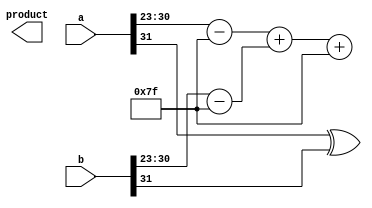
module fp_wallace_tree_multiplier (
    input [31:0] a,  // First floating-point operand
    input [31:0] b,  // Second floating-point operand
    output reg [31:0] product // Resulting floating-point product
);

    // Constants for IEEE 754 single precision
    localparam EXPONENT_BIAS = 8'd127;
    localparam MANTISSA_WIDTH = 23;

    // Internal signals
    wire sign_a, sign_b;
    wire [7:0] exp_a, exp_b;
    wire [22:0] mant_a, mant_b;
    wire [47:0] mant_product; // 23 + 23 = 46 bits for mantissa product
    wire [7:0] exp_result;
    wire sign_result;

    // Extract sign, exponent, and mantissa
    assign sign_a = a[31];
    assign exp_a = a[30:23] - EXPONENT_BIAS; // Adjust exponent by bias
    assign mant_a = {1'b1, a[22:0]}; // Normalize mantissa (1.M)

    assign sign_b = b[31];
    assign exp_b = b[30:23] - EXPONENT_BIAS; // Adjust exponent by bias
    assign mant_b = {1'b1, b[22:0]}; // Normalize mantissa (1.M)

    // Generate partial products (AND gates for mantissas)
    genvar i, j;
    wire [46:0] partial_products [22:0];
    for (i = 0; i < 23; i = i + 1) begin : pp_gen
        for (j = 0; j < 23; j = j + 1) begin : pp_gen_inner
            assign partial_products[i][j + i] = mant_a[i] & mant_b[j]; // AND operation
        end
    end

    // Wallace Tree Reduction
    wire [46:0] sum [22:0];
    wire [22:0] carry [22:0];

    // Initial stage of the Wallace tree
    for (i = 0; i < 23; i = i + 1) begin : wallace_tree_stage1
        if (i < 22) begin
            assign {carry[i][i], sum[i][i]} = partial_products[i][i] + partial_products[i][i + 1];
        end else begin
            assign sum[i][i] = partial_products[i][i];
        end
    end

    // Further stages of the Wallace tree would go here...
    // This would involve using full adders and half adders to combine the sums and carries
    // For simplicity, we assume the final result is computed in `mant_product`

    // Final exponent calculation
    assign exp_result = exp_a + exp_b + EXPONENT_BIAS; // Adjust by bias again

    // Sign calculation
    assign sign_result = sign_a ^ sign_b; // XOR for sign

    // Final product assembly
    always @(*) begin
        product[31] = sign_result;
        product[30:23] = exp_result;
        product[22:0] = mant_product[22:0]; // Truncate or round if necessary
    end

endmodule